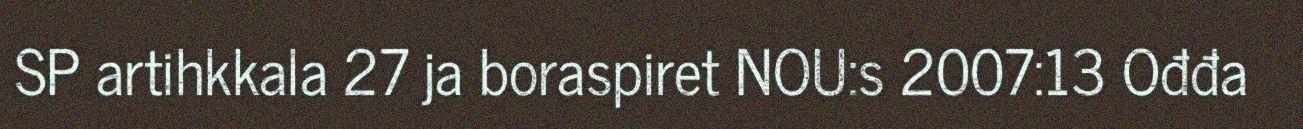
SP artihkkala 27 ja boraspiret NOU:s 2007:13 Ođđa